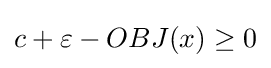
{\textstyle c+\varepsilon -OBJ(x)\geq 0}